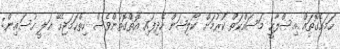
ހަމައެގޮތައް އިސްލާހީ މަސައްކަތް ކުރުމަށް ކޯލިޝަން ހެދިފައި އޮތްގޮތުންވެސް ހިތްހަމަޖެހޭ ޢަލީ ހުސައިން: